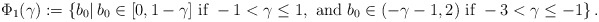
\begin{align*}\begin{aligned}\Phi_1 (\gamma) : = \{ b_0 | \, b_0 \in [0, 1 - \gamma] \textrm{ if } - 1 < \gamma \leq 1, \textrm{ and } b_0 \in (- \gamma - 1, 2) \textrm{ if }- 3 < \gamma \leq -1 \} \,.\end{aligned}\end{align*}